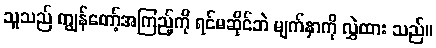
သူသည် ကျွန်တော့်အကြည့်ကို ရင်မဆိုင်ဘဲ မျက်နှာကို လွှဲထား သည်။